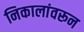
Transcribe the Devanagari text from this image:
निकालांवरून